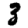
Digit: 3